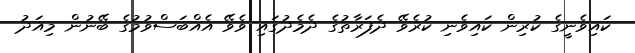
ކައިވެނީގެ ކުރިން ކައިވެނި ކުރެވޭ ދެފަރާތުގެ ދެމެދުގައި ވެވޭ އެއްބަސްވުމުގެ ބޭނުން މިއަދު